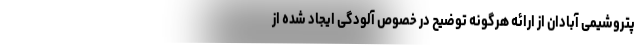
پتروشیمی آبادان از ارائه هرگونه توضیح در خصوص آلودگی ایجاد شده از